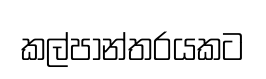
කල්පාන්තරයකට